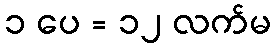
၁ ပေ = ၁၂ လက်မ